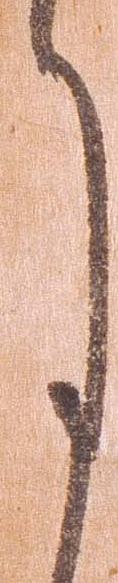
月